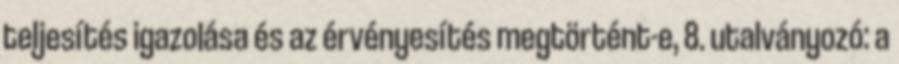
teljesítés igazolása és az érvényesítés megtörtént-e, 8. utalványozó: a